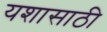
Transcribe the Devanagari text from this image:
यशासाठी